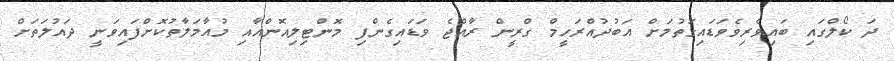
ދަ ކޯލްގައި ބައިވެެރިވެވަޑައިގަތުމަށް އަބުދުއްރަހީމް ގްރީން ރާއްޖެ ވަޑައިގެންފި މޮންޓިލިއޮންއާއި މުއާމަލާތުކޮށްފައިވަނީ ދައުލަތަށް